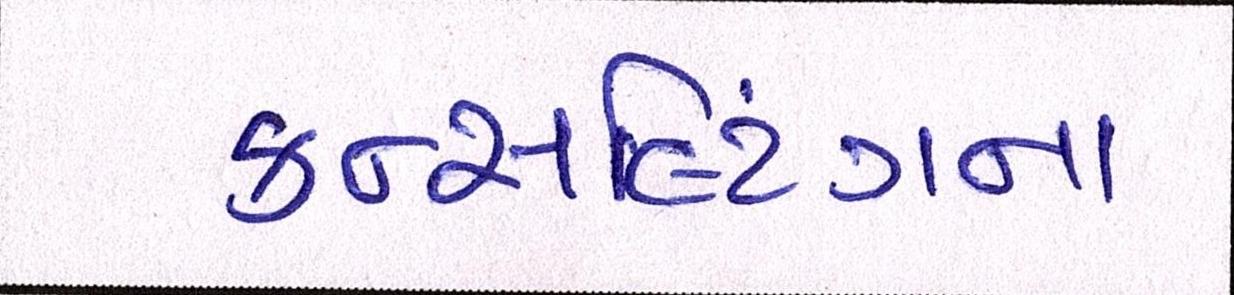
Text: કન્સલ્ટિંગના